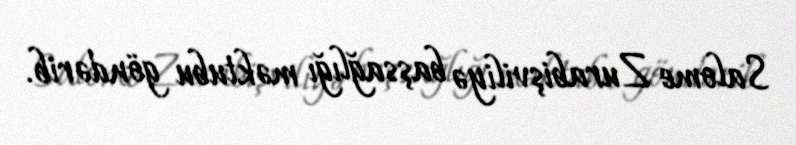
Salome Zurabişviliyə başsağlığı məktubu göndərib.